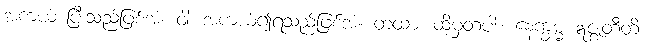
အကယ် ပြီးသည်ဖြစ်အံ့။ ဝါ၊ အကယ်၍ရသည်ဖြစ်အံ့။ တထာ၊ ထိုမှတပါး။ နေက္ခမ္မံ ဣဇ္ဈတီတိ။